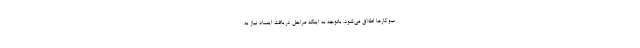
ب‌وکارها اطلاق می‌شود. باتوجه به اینکه مراحل دریافت اینماد نیاز به